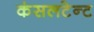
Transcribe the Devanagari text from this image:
कंसलटेन्ट